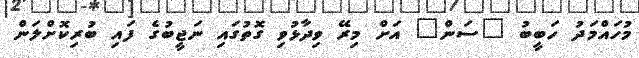
މުހައްމަދު ހަބީބު "ސަން" އަށް މިރޭ ވިދާޅުވި ގޮތުގައި ނަޖީބުގެ ފައި ބުރިކޮށްލަން